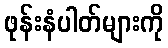
ဖုန်းနံပါတ်များကို